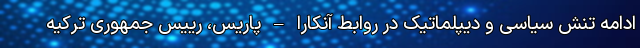
ادامه تنش سیاسی و دیپلماتیک در روابط آنکارا – پاریس، رییس جمهوری ترکیه